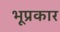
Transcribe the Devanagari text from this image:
भूप्रकार